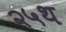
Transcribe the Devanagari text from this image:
२५थ